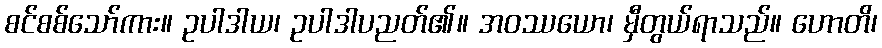
စင်စစ်သော်ကား။ ဥပါဒါယ၊ ဥပါဒါပညတ်၏။ အဝဿယော၊ မှီတွယ်ရာသည်။ ဟောတိ၊